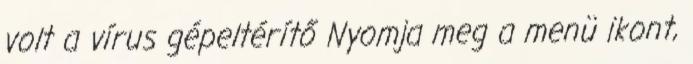
volt a vírus gépeltérítő Nyomja meg a menü ikont,